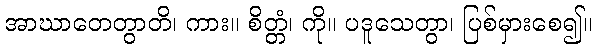
အာဃာတေတွာတိ၊ ကား။ စိတ္တံ၊ ကို။ ပဒူသေတွာ၊ ပြစ်မှားစေ၍။